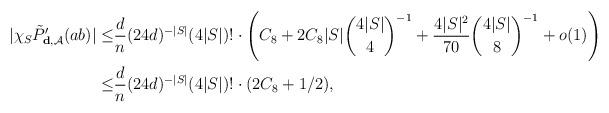
LaTeX: \begin{align*} |\chi_S \tilde{P}'_{\mathbf{d}, \mathcal{A}} (ab)| \leq & \frac {d} {n} (24 d) ^ {-|S|} (4 |S|)! \cdot \left(C_8 + 2 C_8 |S| \binom {4 |S|} {4} ^ {-1} + \frac {4 |S|^2} {70} \binom {4 |S|} {8} ^ {-1} + o(1) \right) \\ \leq & \frac {d} {n} (24 d) ^ {-|S|} (4 |S|)! \cdot (2 C_8 + 1/2) ,\end{align*}